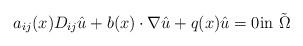
LaTeX: \begin{align*} a_{ij}(x)D_{ij}\hat{u}+b(x)\cdot\nabla \hat{u}+q(x)\hat{u}=0\mbox{in} \ \tilde{\Omega} \end{align*}